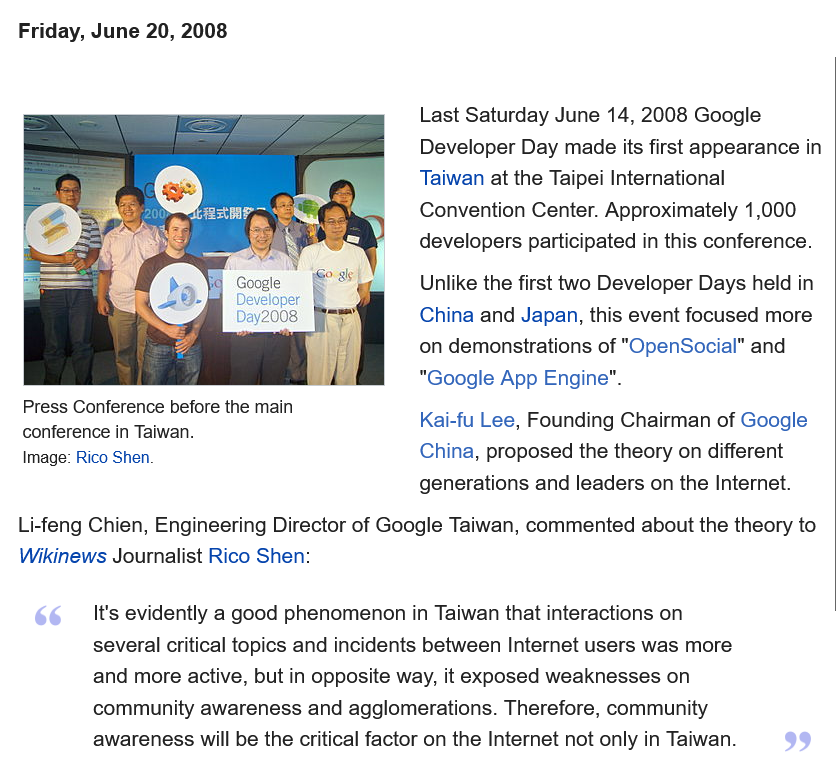
Friday, June 20, 2008
     Last Saturday June 14, 2008 Google
     Developer Day made its first appearance in
     Taiwan at the Taipei International
     Convention Center. Approximately 1,000
     developers participated in this conference.
     Unlike the first two Developer Days held in
     China and Japan, this event focused more
     on demonstrations of "OpenSocial" and
     "Google App Engine".
     Kai-fu Lee, Founding Chairman of Google
     China, proposed the theory on different
     generations and leaders on the Internet.
  Li-feng Chien, Engineering Director of Google Taiwan, commented about the theory to
  Wikinews Journalist Rico Shen:
     It's evidently a good phenomenon in Taiwan that interactions on
     several critical topics and incidents between Internet users was more
     and more active, but in opposite way, it exposed weaknesses on
     community awareness and agglomerations. Therefore, community
     awareness will be the critical factor on the Internet not only in Taiwan.
   Image: Rico Shen.
   Press Conference before the main
   conference in Taiwan.